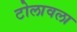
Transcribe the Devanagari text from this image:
टोलावला